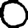
Digit: 0